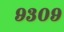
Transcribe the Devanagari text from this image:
९३०९